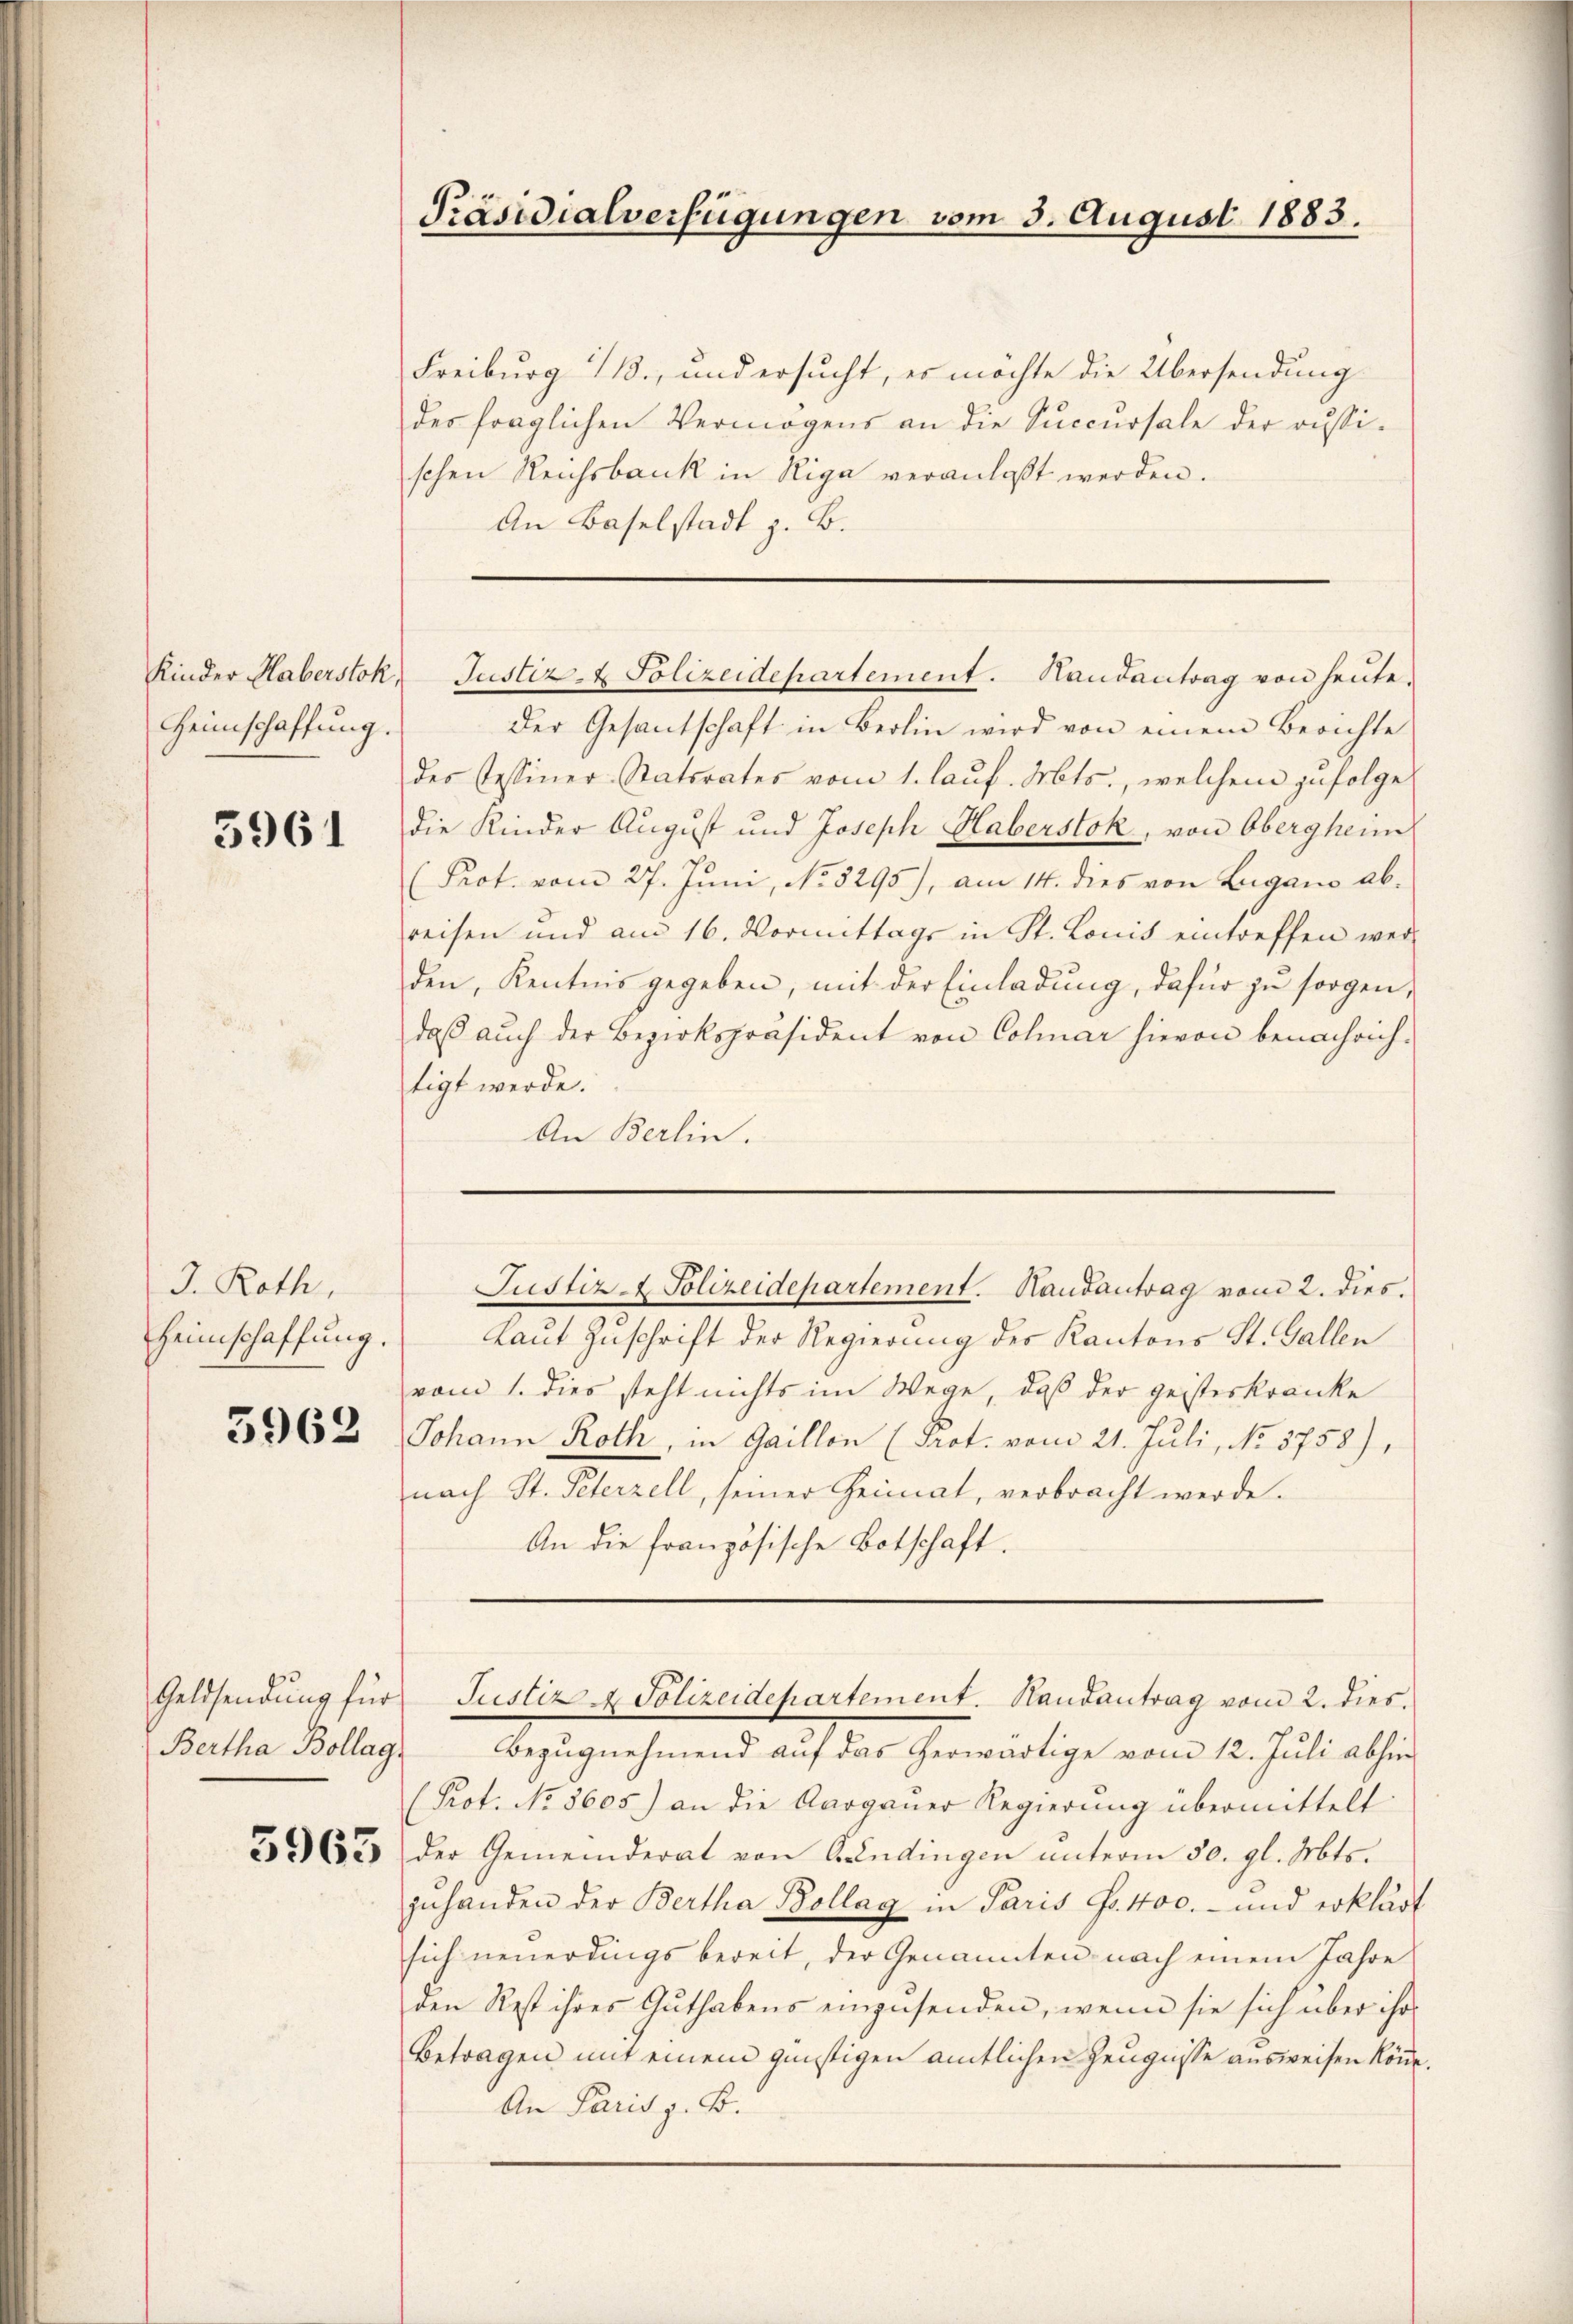
Heimschaffung.

5961

J. Roth,
Heimschaffung.

5962

Bertha Bollag

Präsidialverfügungen vom 3. August 1883.

Freiburg B., und ersucht, es möchte die Übersendung
des fraglichen Vermögens an die Succursale der aussischen Reichsbank in Riga veranlaßt werden.
An Baselstadt z. B.

Kinder Haberstok, Justiz- & Polizeidepartement. Handantrag von heŭte.

Der Gesantschaft in Berlin wird von einem Berichte
des Tessiner-Ratsrates vom 1. lauf. Mts., welchem zufolge
die Kinder August und Joseph Haberstok, von Obergheim
(Prot. vom 27. Juni, No. 5295), am 14. dies von Lugano abreisen und am 16. Vormittags in St. Lonis eintreffen werden, Kenntnis gegeben, mit der Einladung, dafür zu sorgen,
daβ aŭch der Bezirkspräsident von Colmar hievon benachrich-
tigt werde.
An Berlin.
Justiz- & Polizeidepartement. Handantrag vom 2. dies.
Laut Zuschrift der Regierung des Kantons St. Gallen
vom 1. dies steht nichts im Wege, daß der geisteskranke
Johann Roth, in Gaillon (Prot. vom 21. Juli, No 5758),
nach St. Peterzell, seiner Heimat, verbracht werde.
An die französische Botschaft.

Bezugnehmend auf das herwärtige vom 12. Juli abhin
(Prot. No 8605) an die Aargauer Regierung übermittelt
3263 der Gemeinderat von Candingen ŭnterm 50. gl. Mts.
zŭhanden der Bertha Bollag in Paris Fr. 400.- und erklärt
sich neuerdings bereit, der Genannten nach einem Jahre
den Rest ihres Guthabens einzusenden, wenn sie sich über ihr
Betragen mit einem günstigen amtlichen Zeugnisse ausweisen könne.
An Paris z. B.

Geldsendŭng für Justiz & Polizeidepartement. Handantrag vom 2. dies